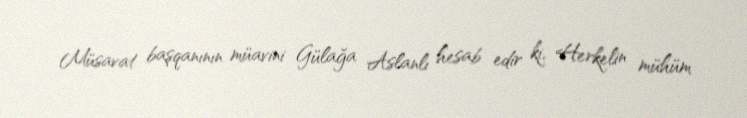
Müsavat başqanının müavini Gülağa Aslanlı hesab edir ki, Herkelin mühüm